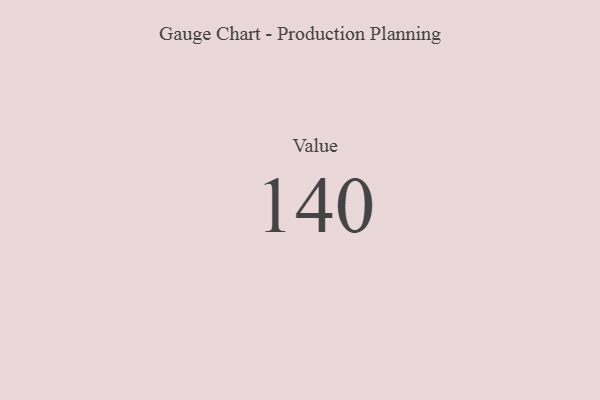
{"axis": {"x": "Metric", "y": "Value"}, "legend": [""], "data": [{"x": "Value", "y": 140, "type": ""}]}